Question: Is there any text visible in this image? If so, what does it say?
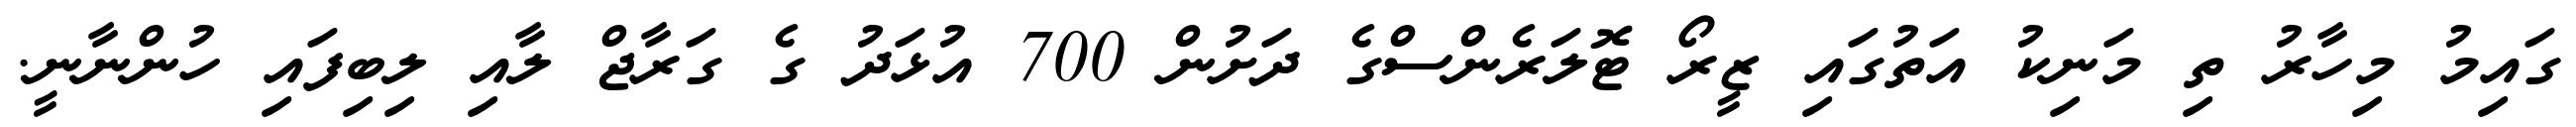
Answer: ގައިމު މިހާރު ތި މަނިކު އަތުގައި ޒީރޯ ޓޮލަރެންސްގެ ދަށުން 700 އުޅަދު ގެ ގަރާޖް ލާއި ލިބިފައި ހުންނާނީ.